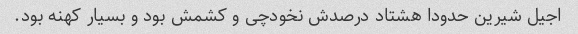
اجیل شیرین حدودا هشتاد درصدش نخودچی و کشمش بود و بسیار کهنه بود.